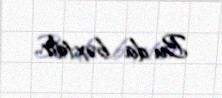
Bu da bəxtdir..